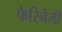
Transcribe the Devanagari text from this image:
फैरिनेली